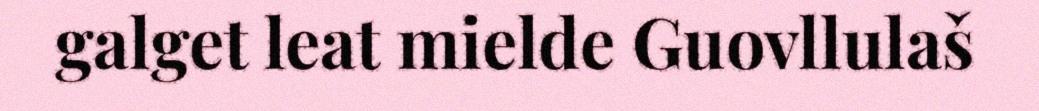
galget leat mielde Guovllulaš